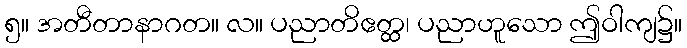
၅။ အတီတာနာဂတ။ လ။ ပညာတိဧတ္ထ၊ ပညာဟူသော ဤဝါကျ၌။